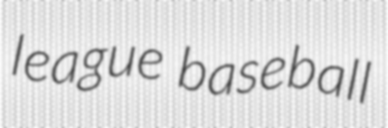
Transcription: league baseball